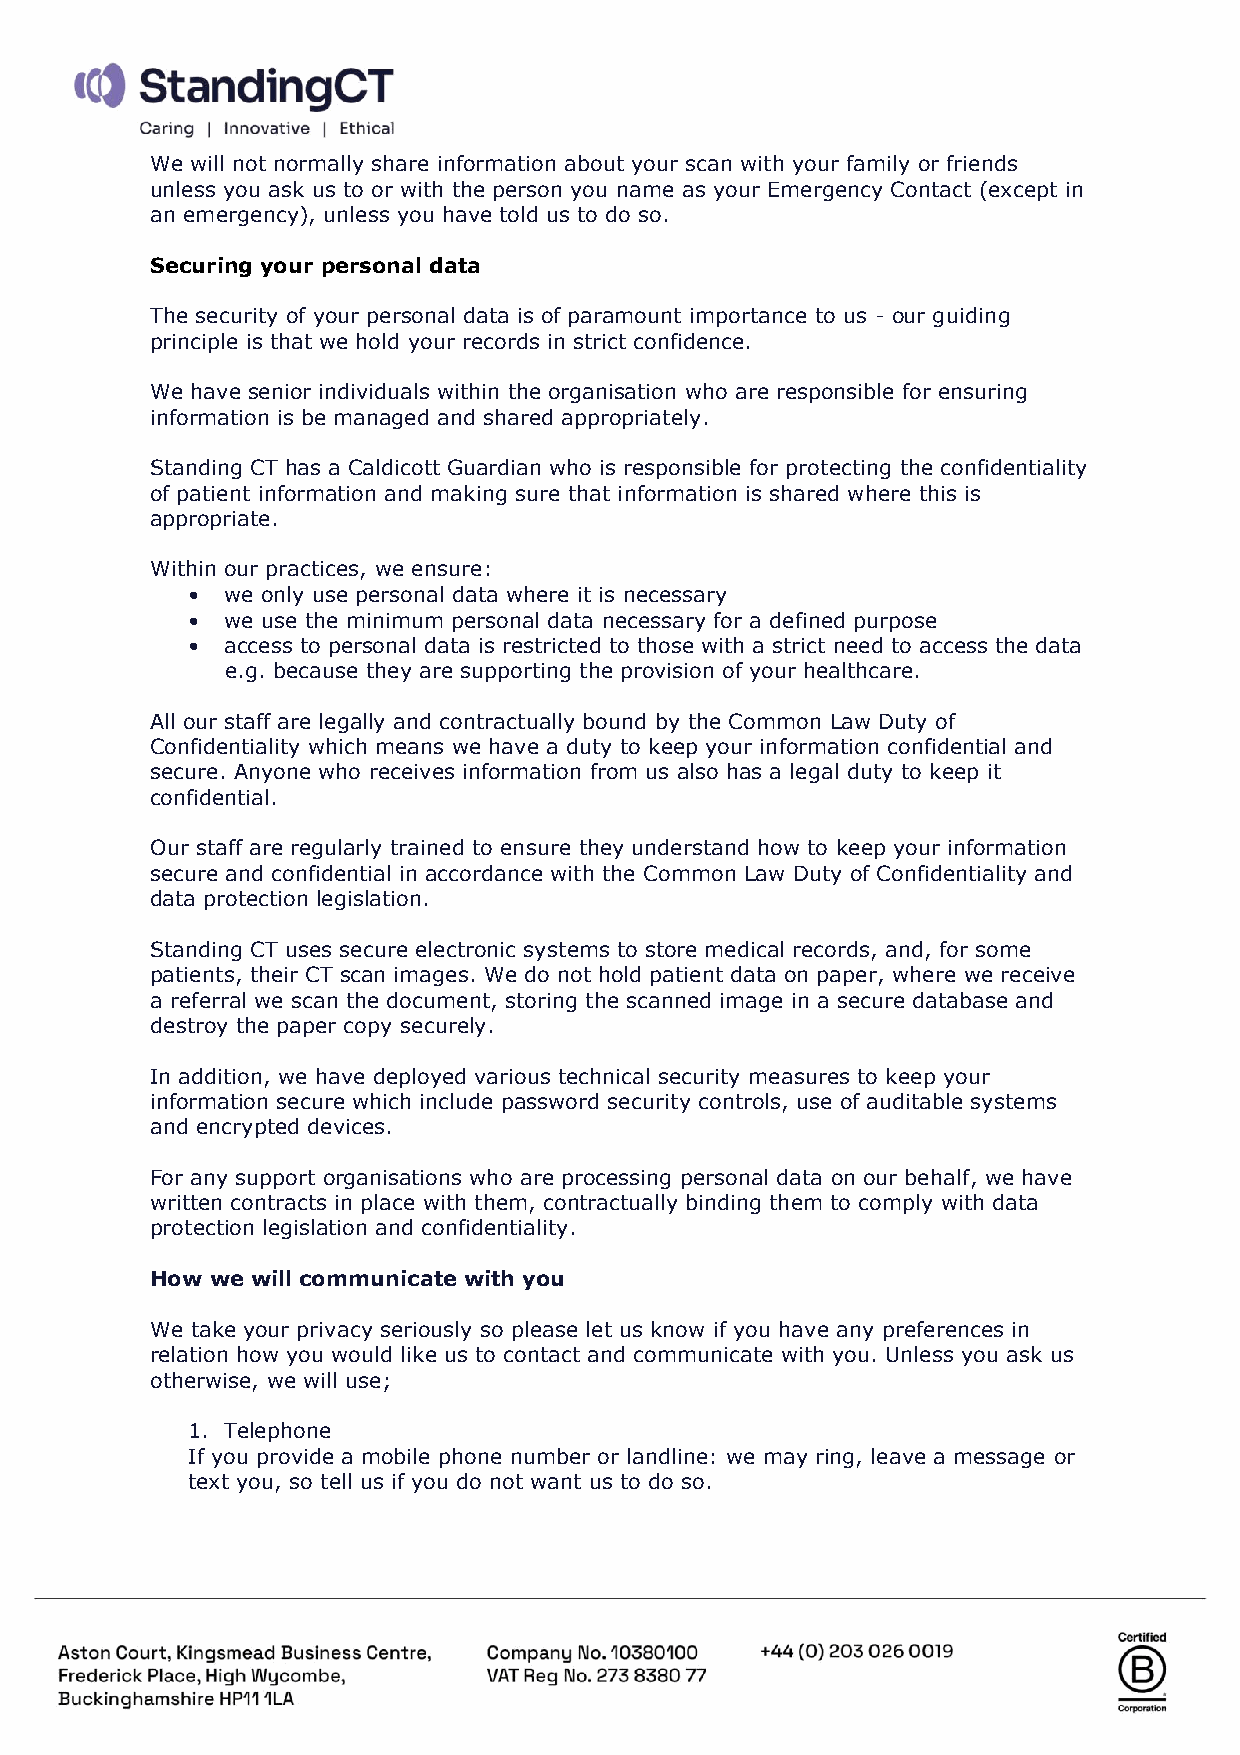
We will not normally share information about your scan with your family or friends
 unless you ask us to or with the person you name as your Emergency Contact (except in
 an emergency), unless you have told us to do so.
 Securing your personal data
 The security of your personal data is of paramount importance to us - our guiding
 principle is that we hold your records in strict confidence.
 We have senior individuals within the organisation who are responsible for ensuring
 information is be managed and shared appropriately.
 Standing CT has a Caldicott Guardian who is responsible for protecting the confidentiality
 of patient information and making sure that information is shared where this is
 appropriate.
 Within our practices, we ensure:
 •  we only use personal data where it is necessary
 •  we use the minimum personal data necessary for a defined purpose
 •  access to personal data is restricted to those with a strict need to access the data
 e.g. because they are supporting the provision of your healthcare.
 All our staff are legally and contractually bound by the Common Law Duty of
 Confidentiality which means we have a duty to keep your information confidential and
 secure. Anyone who receives information from us also has a legal duty to keep it
 confidential.
 Our staff are regularly trained to ensure they understand how to keep your information
 secure and confidential in accordance with the Common Law Duty of Confidentiality and
 data protection legislation.
 Standing CT uses secure electronic systems to store medical records, and, for some
 patients, their CT scan images. We do not hold patient data on paper, where we receive
 a referral we scan the document, storing the scanned image in a secure database and
 destroy the paper copy securely.
 In addition, we have deployed various technical security measures to keep your
 information secure which include password security controls, use of auditable systems
 and encrypted devices.
 For any support organisations who are processing personal data on our behalf, we have
 written contracts in place with them, contractually binding them to comply with data
 protection legislation and confidentiality.
 How we will communicate with you
 We take your privacy seriously so please let us know if you have any preferences in
 relation how you would like us to contact and communicate with you. Unless you ask us
 otherwise, we will use;
 1. Telephone
 If you provide a mobile phone number or landline: we may ring, leave a message or
 text you, so tell us if you do not want us to do so.